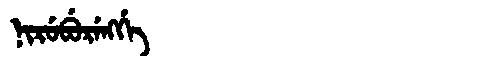
Manchu: ᠨᡳᡵᡠᠪᡠᡵᡝᠩᡤᡝ
Romanization: NIRUBURENGGE